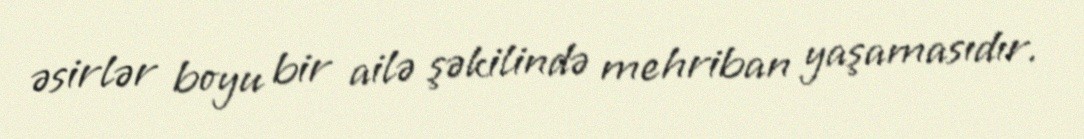
əsirlər boyu bir ailə şəkilində mehriban yaşamasıdır.